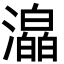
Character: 㵿